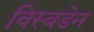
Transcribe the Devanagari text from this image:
विस्बडेन